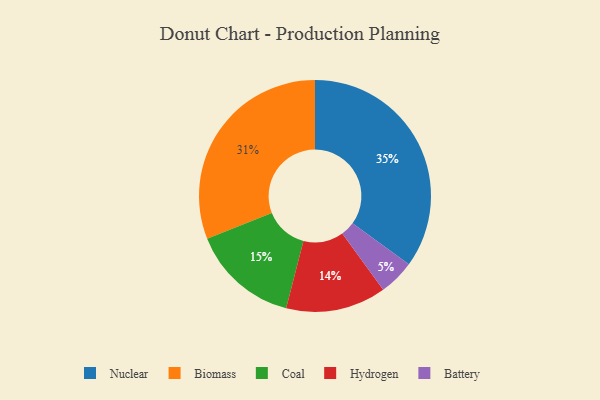
{"axis": {"x": "Category", "y": "Percentage"}, "legend": ["Battery", "Biomass", "Coal", "Hydrogen", "Nuclear"], "data": [{"x": "Hydrogen", "y": 14, "type": "Hydrogen"}, {"x": "Battery", "y": 5, "type": "Battery"}, {"x": "Biomass", "y": 31, "type": "Biomass"}, {"x": "Coal", "y": 15, "type": "Coal"}, {"x": "Nuclear", "y": 35, "type": "Nuclear"}]}